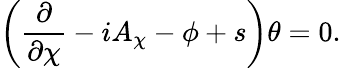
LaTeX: \left(\frac{\partial}{\partial\chi}-iA_{\chi}-\phi+s\right)\theta=0.